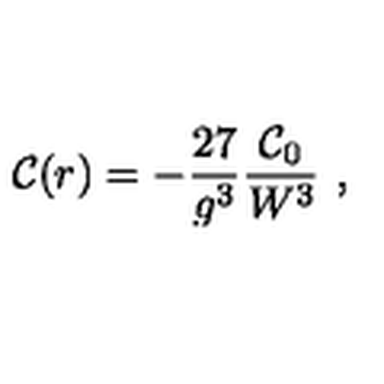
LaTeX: { \cal C } ( r ) = - { \frac { 2 7 } { g ^ { 3 } } } { \frac { { \cal C } _ { 0 } } { W ^ { 3 } } } \ ,